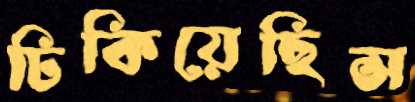
ঢিকিয়েছিস